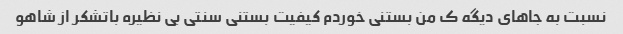
نسبت به جاهای دیگه ک من بستنی خوردم کیفیت بستنی سنتی بی نظیره باتشکر از شاهو